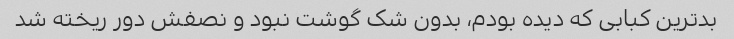
بدترین کبابی که دیده بودم، بدون شک گوشت نبود و نصفش دور ریخته شد